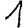
Digit: 1